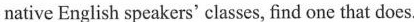
native English speakers' classes, find one that does.